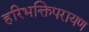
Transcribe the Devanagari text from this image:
हरिभक्तिपरायण